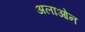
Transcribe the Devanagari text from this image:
अलाओन